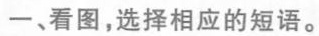
一、看图,选择相应的短语.